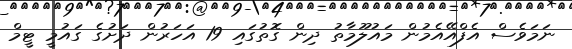
ނަމަވެސް އެފްއޭއެމުން މައުލޫމާތު ދިން ގޮތުގައި 19 އަހަރުން ދަށުގެ ގައުމީ ޓީމް